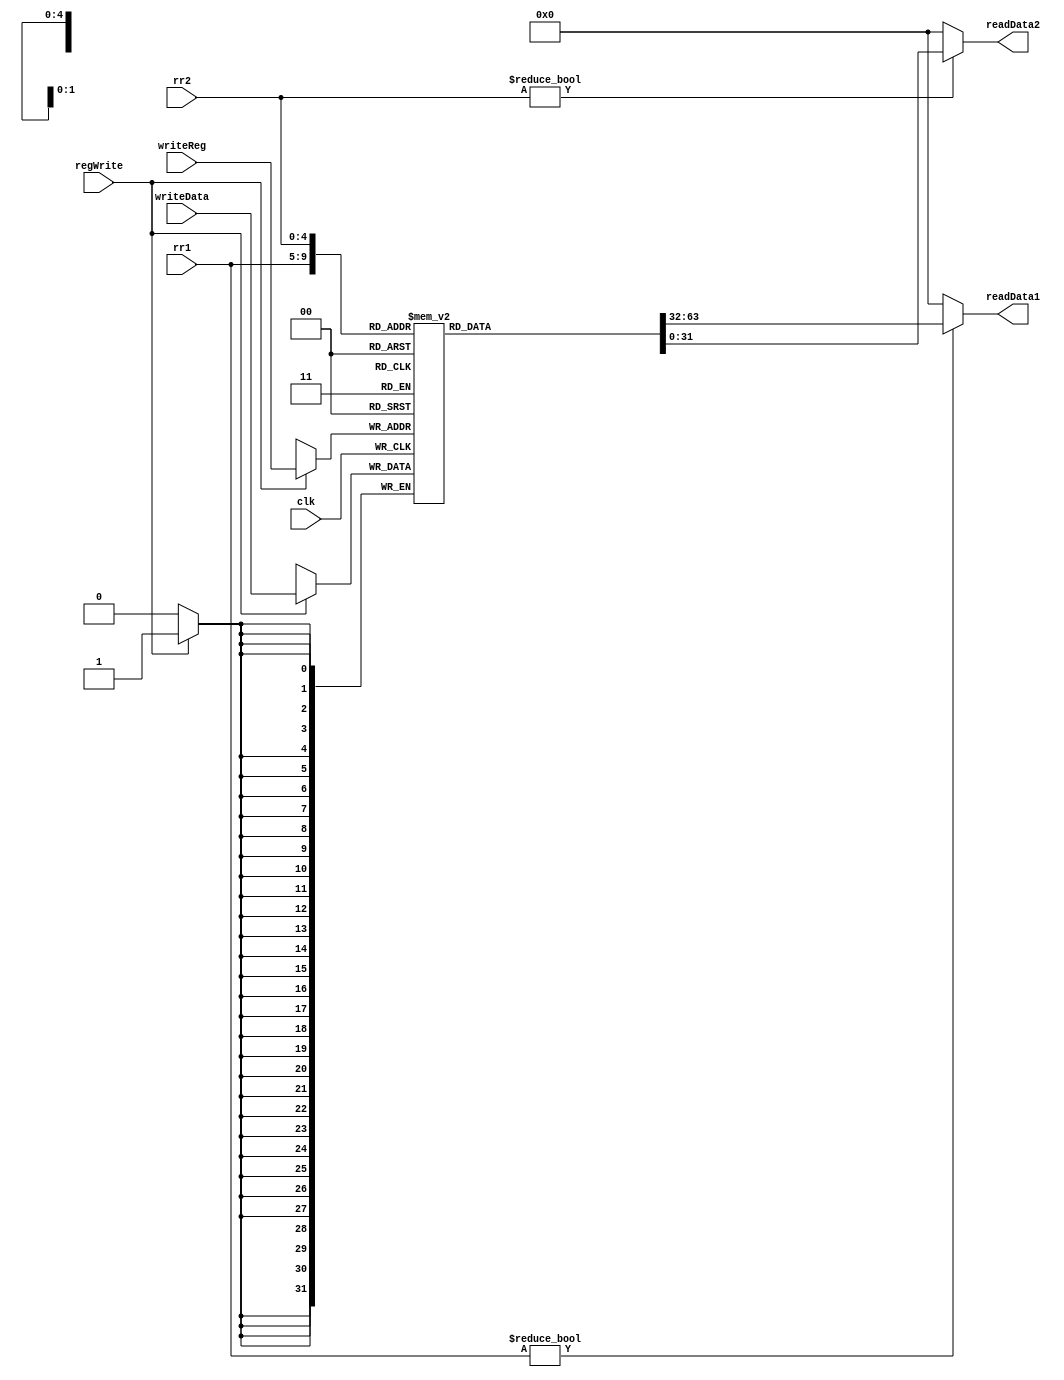
module registers
(
    input         clk,
    input         regWrite,                                     // register write signal
    input  [4:0]  rr1,                                          // read register 1, instr[25-21]
    input  [4:0]  rr2,                                          // read register 2, instr[20-16]      
    input  [4:0]  writeReg,                                     // write register, either instr[20-16] or [15-11]    
    input  [31:0] writeData,   
    output [31:0] readData1,
    output [31:0] readData2                  
);

    reg [31:0] memoryBlock [31:0];                              // 32 32 bit registers

    assign readData1 = (rr1 != 0)? memoryBlock[rr1]:0;          // read the data from the registers pointed by rr1 and rr2
    assign readData2 = (rr2 != 0)? memoryBlock[rr2]:0;

    always @(posedge clk)begin                                  // write data to registers
        if(regWrite == 1'b1)begin
            memoryBlock[writeReg] <= writeData;
        end
    end

endmodule